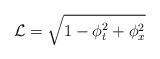
\begin{align*}\mathcal{L}=\sqrt{1-\phi _{t}^{2}+\phi _{x}^{2}}\end{align*}